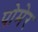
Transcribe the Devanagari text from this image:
पोमेर